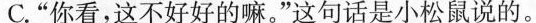
C.”你看，这不好好的嘛。”这句话是小松鼠说的。